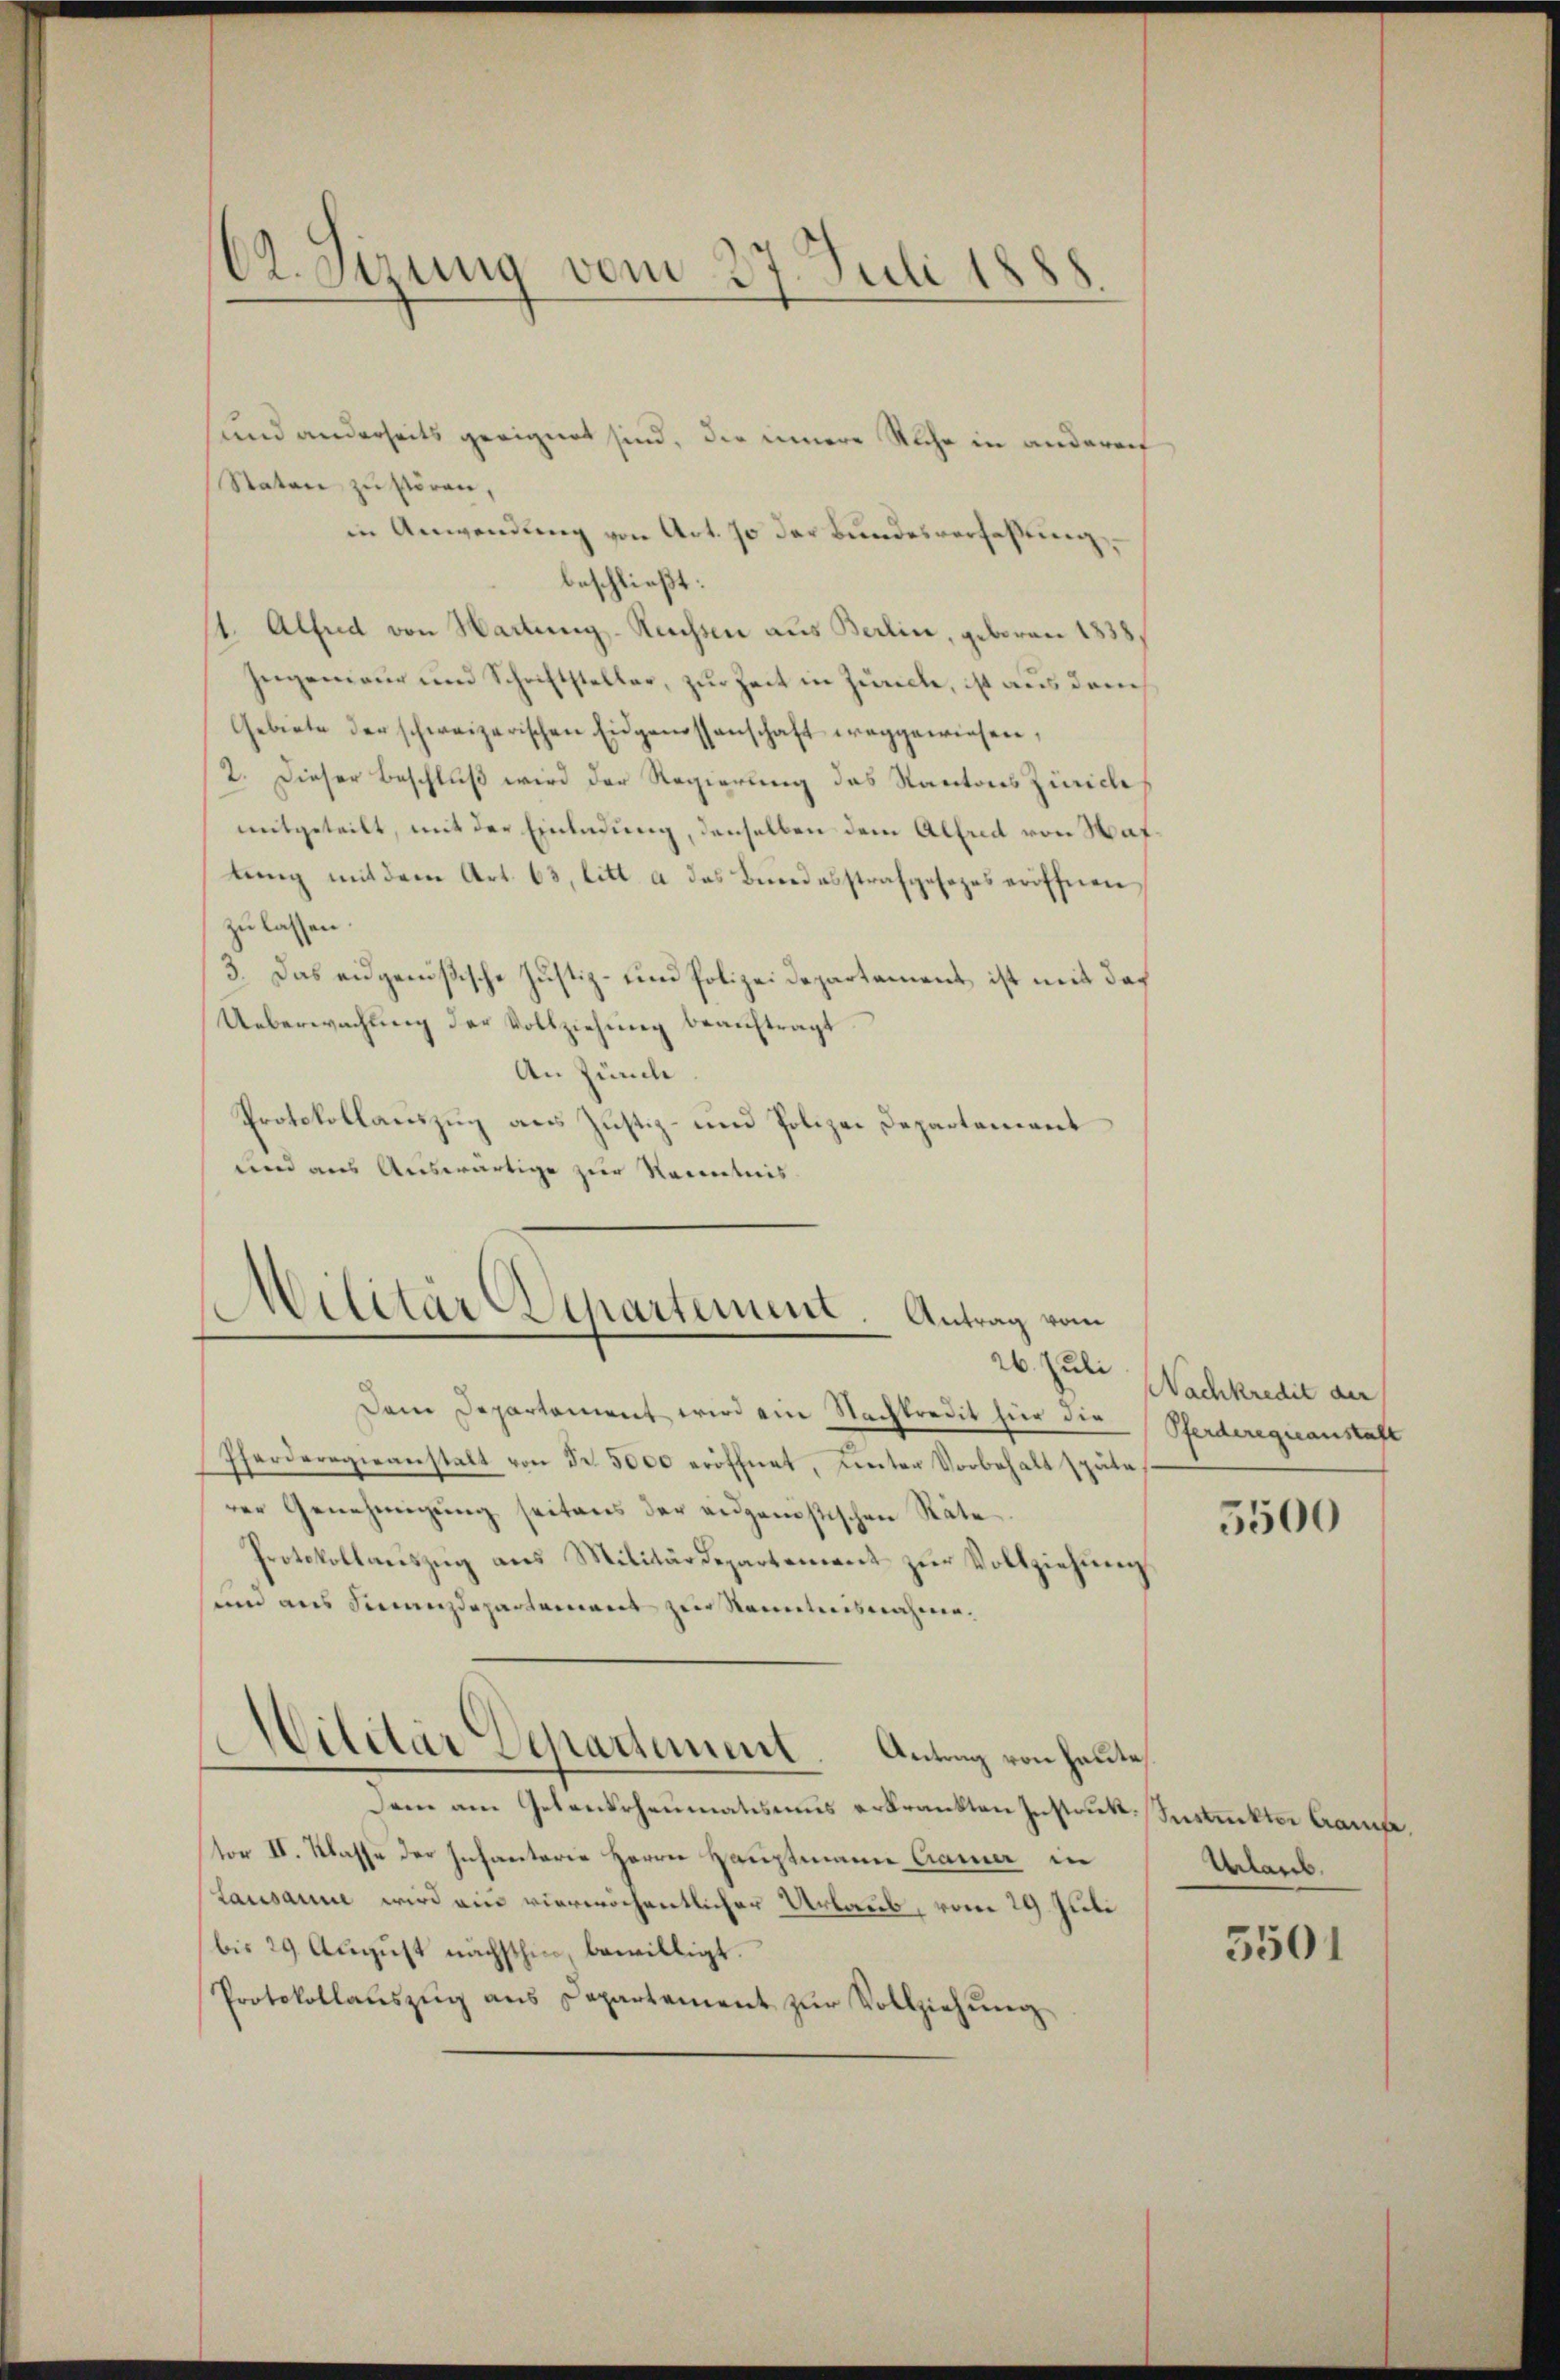
O2. Sizung vom 27. Juli 1888.

sund anderseits geeignet sind, die innere Sache in anderen
Staten zu stören,
in Anwendung von Art. 70 der Bundesverfassung
beschließt:
1. Alfred von Hartung-Reussen aus Berlin, geboren 1838
Hegemaur und Schriftsteller, zur Zeit in Zürich, ist aus dem
Gebiete der schweizerischen Eidgenossenschaft weggewiesen,
2. Dieser Beschluß wird der Regierung das Kantons Zürich
mitgeteilt, mit der Einladung, denselben dem Allud von Wat
tŭng mit dem Art. 63, litt. a das Bundesstrafgesezes eröffnen
zu lassen.
3. Das eidgenößische Justiz- und Polizei Departement ist mit das
Ueberwachung der Vollziehung beaŭftragt.
An Zürch.
Protokollaŭszŭg ans Justiz- und Polizei Departement
und aus Auswärtige zur Kenntnis

Militär Departement. Antrag vom

Dem Departament wird ein Nachkredit für die Pferderegieanstaft
Pferderogieanstalt von Fr. 5000 eröffnet, unter Vorbehalt späte
rer Genehmigung seitens der eidgenostischen Räte¬
Protokollauszug aus Militärdepartement zur Vollziehung
sund aus Finanzdepartement zur Kenntnisnahme.
dem am Gebendrheumatismus erkrankten Instrukt.Justickter Grafe
tor II. Klasse der Infanterie Herrn Hauptmann Camer in
Lausanne wird ein vierwöchentlicher Urlaub, vom 29. Juli
bis 29 August nächsthin, bewilligt.
Protokollaŭszŭg ans Departement zŭr Vollziehung

Militar Departement. Antrag von heute,

26. Juli Nachkredit au

5500

Urlaub.

3501